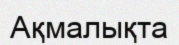
Ақмалықта